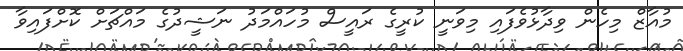
މުއާޒް މިހެން ވިދާޅުވެފައި މިވަނީ ކުރީގެ ރައީސް މުހައްމަދު ނަޝީދުގެ މައްޗަށް ކޮށްފައިވާ